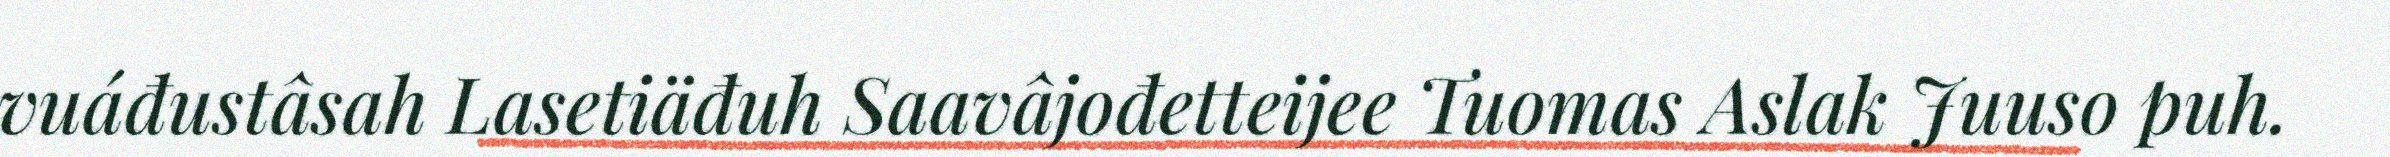
vuáđustâsah Lasetiäđuh Saavâjođetteijee Tuomas Aslak Juuso puh.